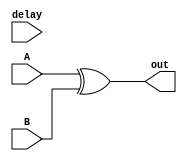
module XOR_Gate_Delay(
  input A,
  input B,
  input wire delay,
  output reg out
);

always @ (A or B or delay) begin
  #delay out = A ^ B;
end

endmodule